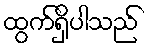
ထွက်ရှိပါသည်